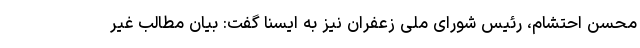
محسن احتشام، رئیس شورای ملی زعفران نیز به ایسنا گفت: بیان مطالب غیر